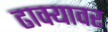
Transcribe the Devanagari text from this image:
ढाक्यावर